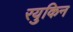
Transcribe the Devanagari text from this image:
रयुकिन